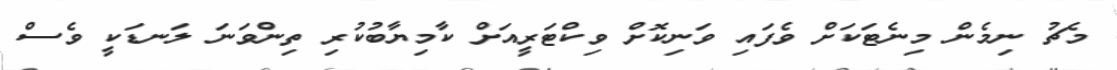
މެޗު ނިމެން މިނެޓަކަށް ވެފައި ވަނިކޮށް ވިކްޓަރީއަށް ކާމިޔާބުކުރި ތިންވަނަ ލަނޑަކީ ވެސް